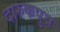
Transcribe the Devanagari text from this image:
दारुकपुत्र